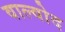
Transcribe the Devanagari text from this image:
वाल्वोद